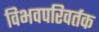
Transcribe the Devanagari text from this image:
विभवपरिवर्तक